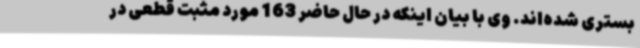
بستری شده‌اند. وی با بیان اینکه در حال حاضر 163 مورد مثبت قطعی در